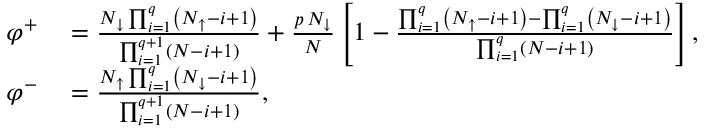
\begin{array} { r l } { \varphi ^ { + } } & { { } = \frac { N _ { \downarrow } \prod _ { i = 1 } ^ { q } \left( N _ { \uparrow } - i + 1 \right) } { \prod _ { i = 1 } ^ { q + 1 } \left( N - i + 1 \right) } + \frac { p \, N _ { \downarrow } } { N } \left[ 1 - \frac { \prod _ { i = 1 } ^ { q } \left( N _ { \uparrow } - i + 1 \right) - \prod _ { i = 1 } ^ { q } \left( N _ { \downarrow } - i + 1 \right) } { \prod _ { i = 1 } ^ { q } \left( N - i + 1 \right) } \right] , } \\ { \varphi ^ { - } } & { { } = \frac { N _ { \uparrow } \prod _ { i = 1 } ^ { q } \left( N _ { \downarrow } - i + 1 \right) } { \prod _ { i = 1 } ^ { q + 1 } \left( N - i + 1 \right) } , } \end{array}